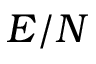
E / N